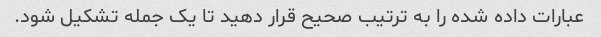
عبارات داده شده را به ترتیب صحیح قرار دهید تا یک جمله تشکیل شود.